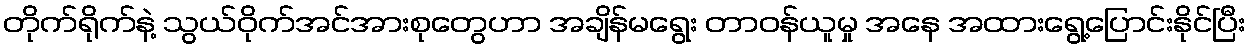
တိုက်ရိုက်နဲ့ သွယ်ဝိုက်အင်အားစုတွေဟာ အချိန်မရွေး တာဝန်ယူမှု အနေ အထားရွေ့ပြောင်းနိုင်ပြီး